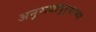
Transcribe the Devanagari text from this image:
अनुराधापुऱ्याच्या